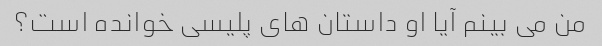
من می بینم آیا او داستان های پلیسی خوانده است؟